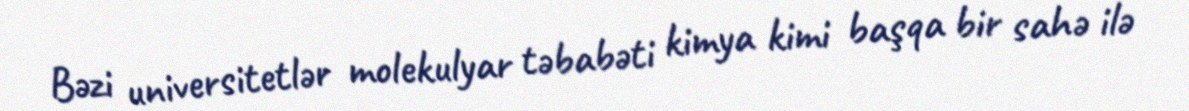
Bəzi universitetlər molekulyar təbabəti kimya kimi başqa bir sahə ilə